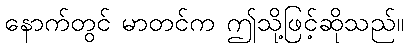
နောက်တွင် မာတင်က ဤသို့ဖြင့်ဆိုသည်။